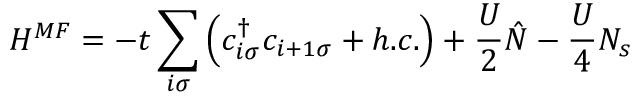
H ^ { M F } = - t \sum _ { i \sigma } \left( c _ { i \sigma } ^ { \dag } c _ { i + 1 \sigma } + h . c . \right) + \frac { U } { 2 } \hat { N } - \frac { U } { 4 } N _ { s }